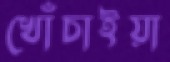
খোঁচাইয়া